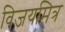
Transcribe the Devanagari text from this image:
विजयमित्र